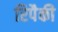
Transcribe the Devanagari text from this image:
रिपैकी